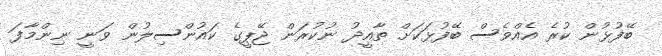
ބޭފުޅުން ކުރެ އެއްވެސް ބޭފުޅަކަށް ތާއީދު ނުކުރަން ޖޭޕީގެ ކައުންސިލުން ވަނީ ނިންމާފަ